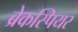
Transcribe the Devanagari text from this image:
ब्रेकस्पियर